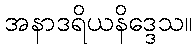
အနာဒရိယနိဒ္ဒေသ။